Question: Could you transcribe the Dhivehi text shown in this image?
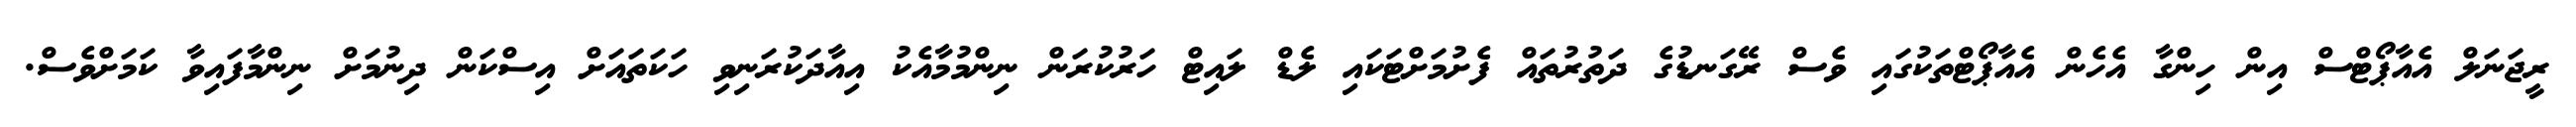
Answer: ރީޖަނަލް އެއާޕޯޓްސް އިން ހިންގާ އެހެން އެއާޕޯޓްތަކުގައި ވެސް ރޭގަނޑުގެ ދަތުރުތައް ފެށުމަށްޓަކައި ލެޑް ލައިޓް ހަރުކުރަން ނިންމުމާއެކު އިއާދަކުރަނިވި ހަކަތައަށް އިސްކަން ދިނުމަށް ނިންމާފައިވާ ކަމަށްވެސް.